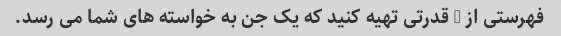
فهرستی از 5 قدرتی تهیه کنید که یک جن به خواسته های شما می رسد.